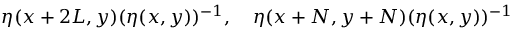
\eta ( x + 2 L , y ) ( \eta ( x , y ) ) ^ { - 1 } , \quad \eta ( x + N , y + N ) ( \eta ( x , y ) ) ^ { - 1 }